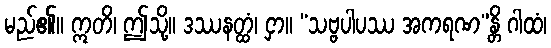
မည်၏။ ဣတိ၊ ဤသို့။ ဒဿနတ္ထံ၊ ငှာ။ “သဗ္ဗပါပဿ အကရဏ”န္တိ ဂါထံ၊